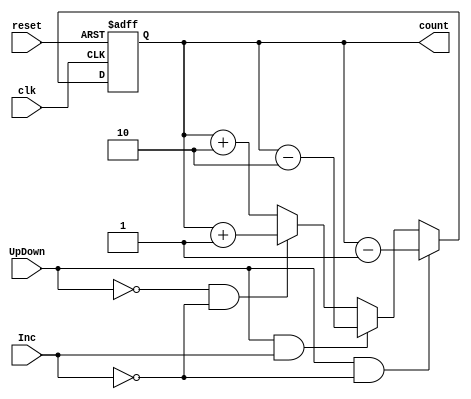
module Binary_Counter #(parameter n=4)(input clk, reset, UpDown, Inc, output [n-1:0]count);

reg [n-1:0]temp=0;

always @(posedge clk, posedge reset) begin
 if (reset == 1)
 temp <= 3'd0; 
 else begin
    if((UpDown ==1)&&(Inc == 0) )
        temp <= temp-1;
    else if ((UpDown ==1)&&(Inc ==1))
             temp <= temp-2;
           
     else if((UpDown ==0)&&(Inc == 0))
        temp <= temp + 1;
        
     else
            temp <= temp + 2;
           
            end
end
assign count =temp;
endmodule